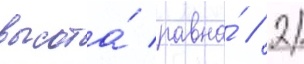
высота́ равна́ // 2